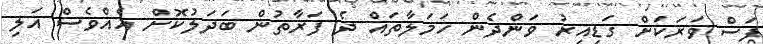
ފަސް ވަރަކަށް ގަޑިއިރު ވަންދެން ހަމަލާތައް ދެ ފަރާތުން ބަދަލުކޮށް އެއްވެސް އަލި